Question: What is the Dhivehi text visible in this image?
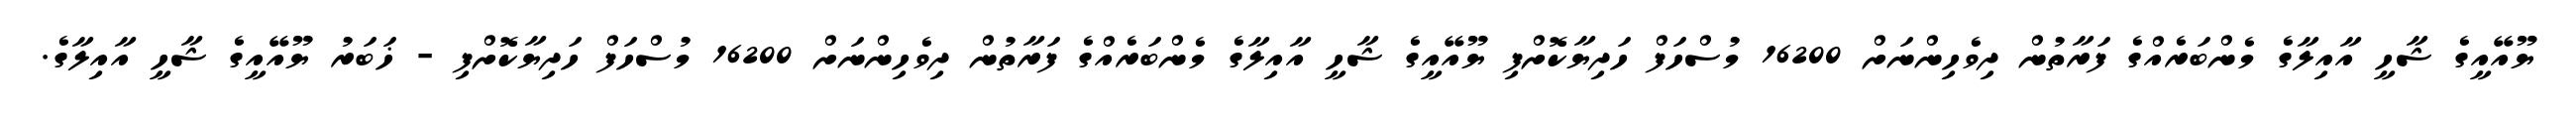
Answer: ޔޫއޭއީގެ ޝާހީ އާއިލާގެ މެންބަރެއްގެ ފަރާތުން ދިވެހިންނަށް 16200 މުސްހަފް ހަދިޔާކޮށްފި ޔޫއޭއީގެ ޝާހީ އާއިލާގެ މެންބަރެއްގެ ފަރާތުން ދިވެހިންނަށް 16200 މުސްހަފް ހަދިޔާކޮށްފި - ޚަބަރު ޔޫއޭއީގެ ޝާހީ އާއިލާގެ.